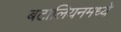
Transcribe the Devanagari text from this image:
बटालियनमध्ये